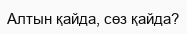
Алтын қайда, сөз қайда?